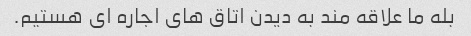
بله ما علاقه مند به دیدن اتاق های اجاره ای هستیم.